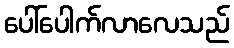
ပေါ်ပေါက်လာလေသည်